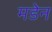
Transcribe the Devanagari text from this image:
मडेन